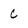
Character: C